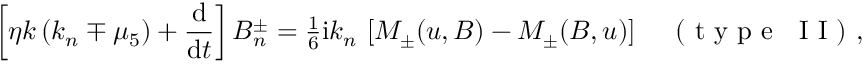
\left[ \eta k \left( k _ { n } \mp \mu _ { 5 } \right) + \frac { \mathrm { d } { } } { \mathrm { d } { } t } \right] B _ { n } ^ { \pm } = { \textstyle { \frac { 1 } { 6 } } } \mathrm { i } k _ { n } \, \left[ M _ { \pm } ( u , B ) - M _ { \pm } ( B , u ) \right] \quad \mathrm { ~ ( ~ t ~ y ~ p ~ e ~ ~ ~ I ~ I ~ ) ~ } ,